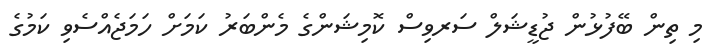
މި ތިން ބޭފުޅުން ޖުޑީޝަލް ސަރވިސް ކޮމިޝަންގެ މެންބަރު ކަމަށް ހަމަޖެއްސެވި ކަމުގެ